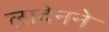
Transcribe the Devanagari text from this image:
लादेनने